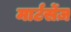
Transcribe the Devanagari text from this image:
मार्टर्सेज़